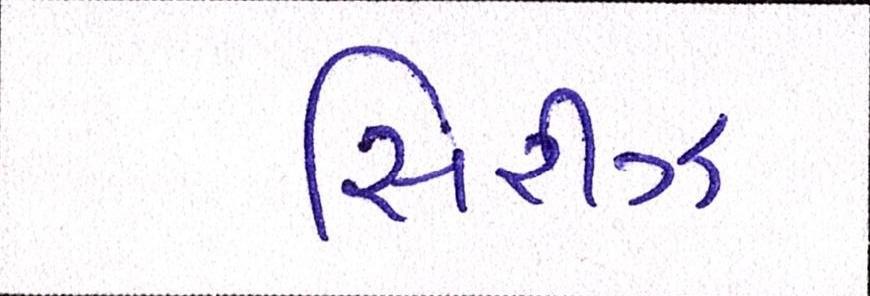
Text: સિરીઝ